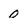
Character: 0